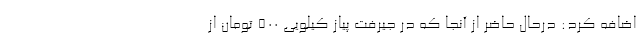
اضافه کرد: درحال حاضر از آنجا که در جیرفت پیاز کیلویی 500 تومان از